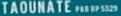
"TAOUNATE